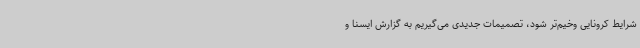
شرایط کرونایی وخیم‌تر شود، تصمیمات جدیدی می‌گیریم به گزارش ایسنا و